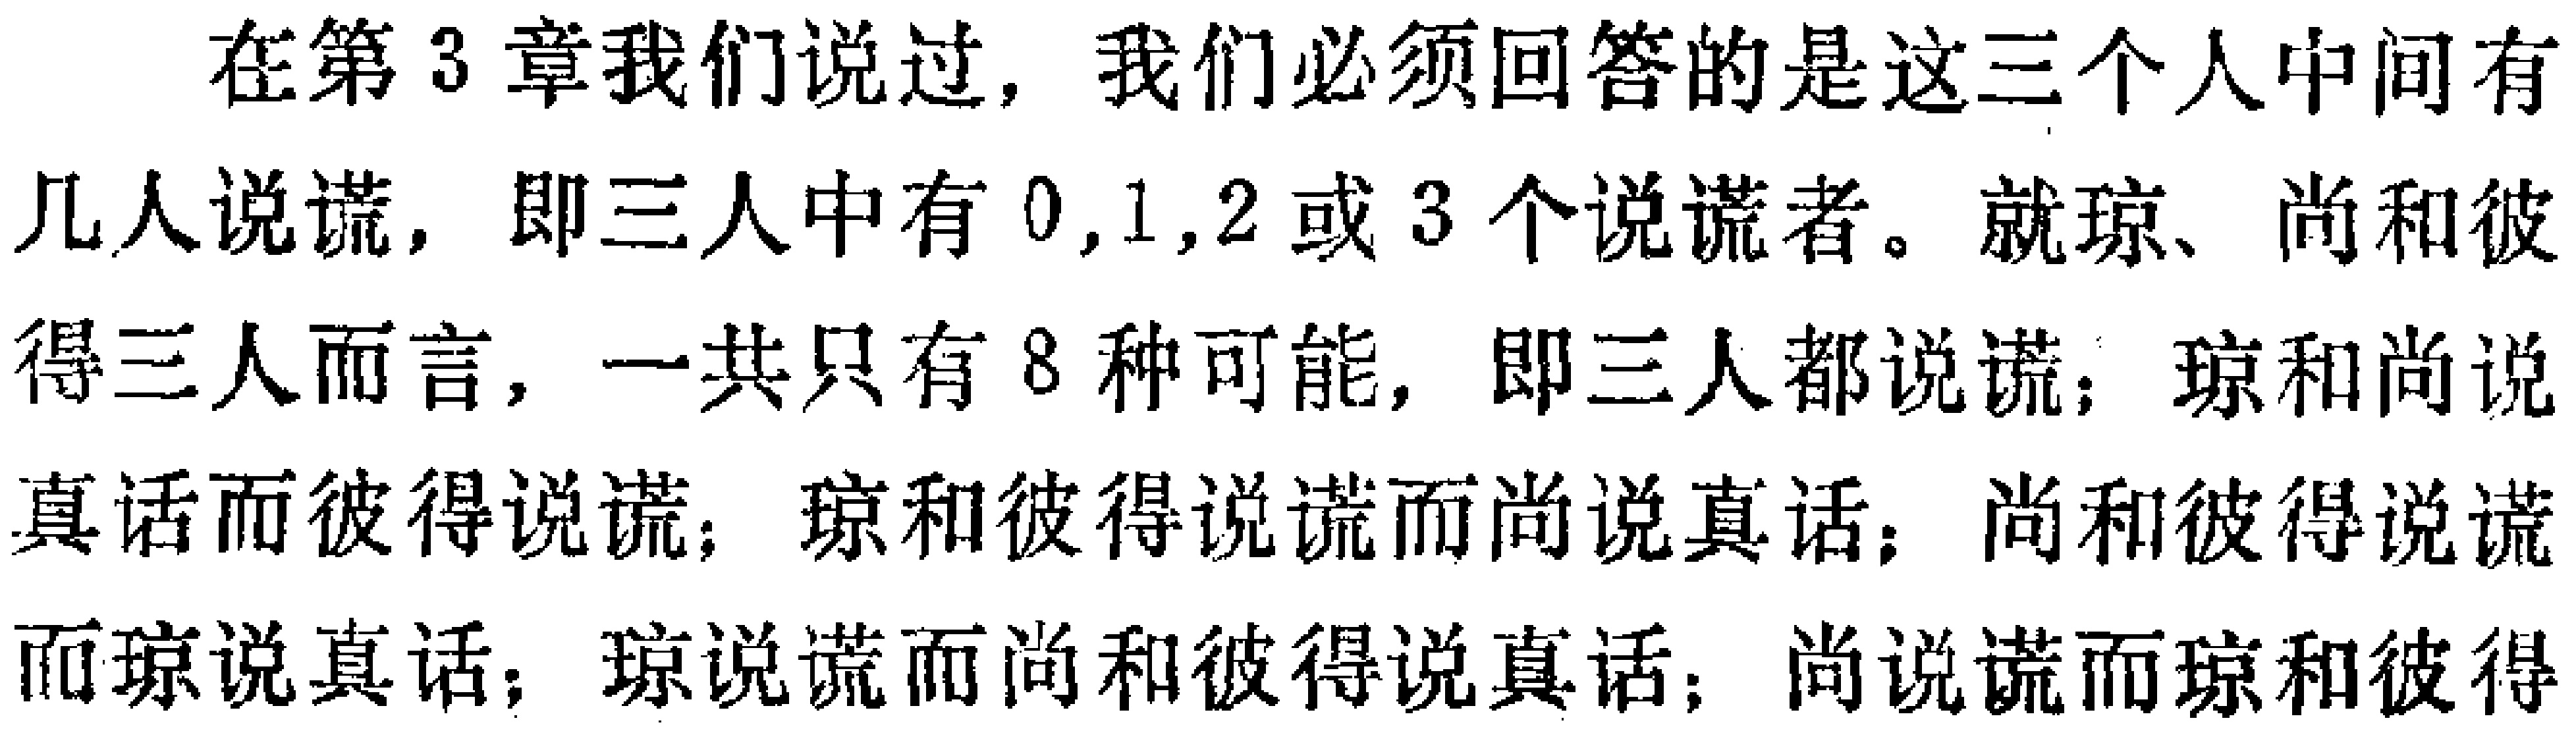
在第3章我们说过，我们必须回答的是这三个人中间有几人说谎，即三人中有0,1,2或3个说谎者。就琼、尚和彼得三人而言，一共只有8种可能，即三人都说谎；琼和尚说真话而彼得说谎；琼和彼得说谎而尚说真话；尚和彼得说谎而琼说真话；琼说谎而尚和彼得说真话；尚说谎而琼和彼得